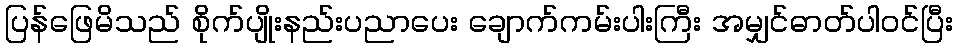
ပြန်ဖြေမိသည် စိုက်ပျိုးနည်းပညာပေး ချောက်ကမ်းပါးကြီး အမျှင်ဓာတ်ပါဝင်ပြီး